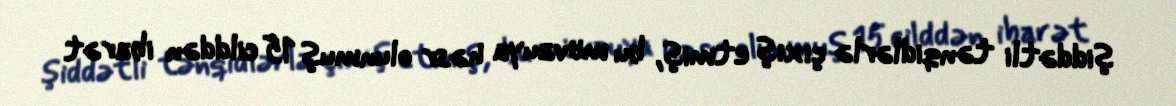
şiddətli tənqidlərlə çıxış etmiş, bu mövzuya həsr olunmuş 15 cilddən ibarət